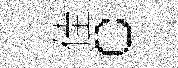
佳。